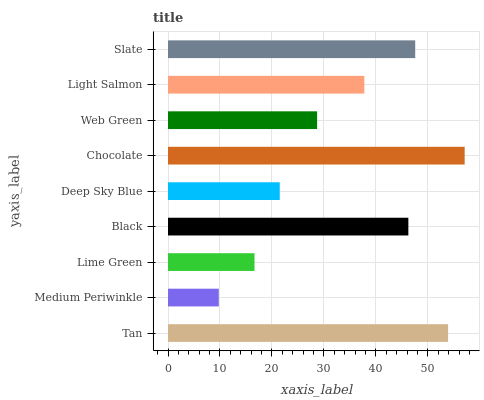
| yaxis_label | bars |
 | --- | --- |
 | Tan | 53.9 |
 | Medium Periwinkle | 9.77 |
 | Lime Green | 16.6 |
 | Black | 46.2 |
 | Deep Sky Blue | 21.5 |
 | Chocolate | 57.1 |
 | Web Green | 28.7 |
 | Light Salmon | 37.8 |
 | Slate | 47.6 |